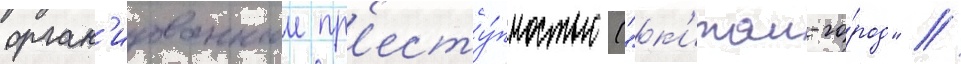
орган'изованнои пр'есту́пностью ("к'итаи-го́род" /